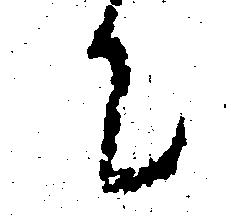
て